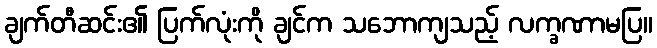
ချက်တီဆင်း၏ ပြက်လုံးကို ချင်က သဘောကျသည့် လက္ခဏာမပြ။